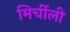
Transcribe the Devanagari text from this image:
मिर्चीली